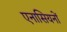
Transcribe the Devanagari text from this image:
एनासियनों